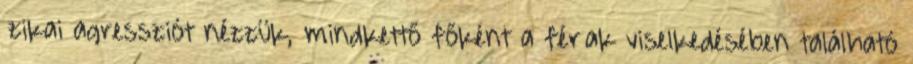
ﬁzikai agressziót nézzük, mindkettő főként a férﬁak viselkedésében található